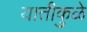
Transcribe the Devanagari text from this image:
यातीकुळे